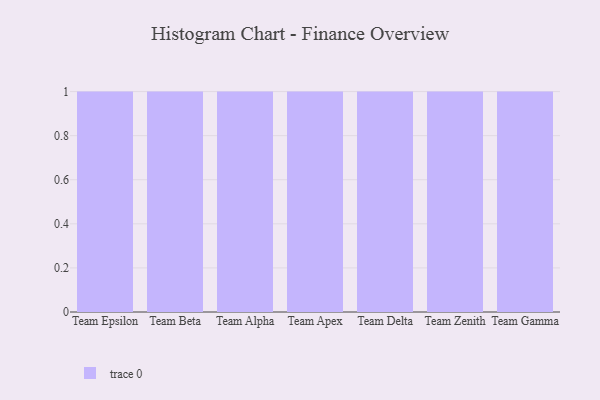
{"axis": {"x": "Team", "y": "Latency (ms)"}, "legend": [""], "data": [{"x": "Team Epsilon", "y": 8, "type": ""}, {"x": "Team Beta", "y": 48, "type": ""}, {"x": "Team Alpha", "y": 76, "type": ""}, {"x": "Team Apex", "y": 58, "type": ""}, {"x": "Team Delta", "y": 98, "type": ""}, {"x": "Team Zenith", "y": 11, "type": ""}, {"x": "Team Gamma", "y": 95, "type": ""}]}